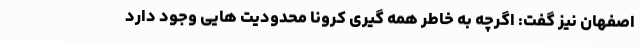
اصفهان نیز گفت: اگرچه به خاطر همه گیری کرونا محدودیت هایی وجود دارد